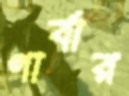
গার্বার